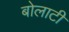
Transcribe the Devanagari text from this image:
बोलाटी